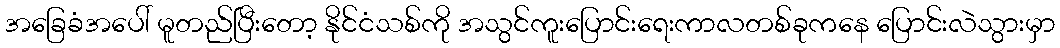
အခြေခံအပေါ် မူတည်ပြီးတော့ နိုင်ငံသစ်ကို အသွင်ကူးပြောင်းရေးကာလတစ်ခုကနေ ပြောင်းလဲသွားမှာ